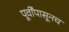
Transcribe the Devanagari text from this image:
पूर्वींपासूनच